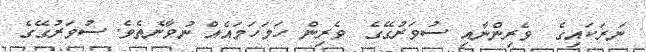
ނަރަކައިގެ  ވެރިންނާއި ސުވަރުގޭގެ  ވެރިން ހަމަހަމައެއް ނުވާނެތެވެ. ސުވަރުގޭގެ